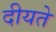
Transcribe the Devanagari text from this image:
दीयते